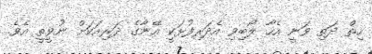
ހިތް ދަތި ވަނީ އެހާ ލޯބިވި އެދަރިފުޅަކީ އޭނާގެ ދަރިއަކަށް ނުވީތީ އެވެ.